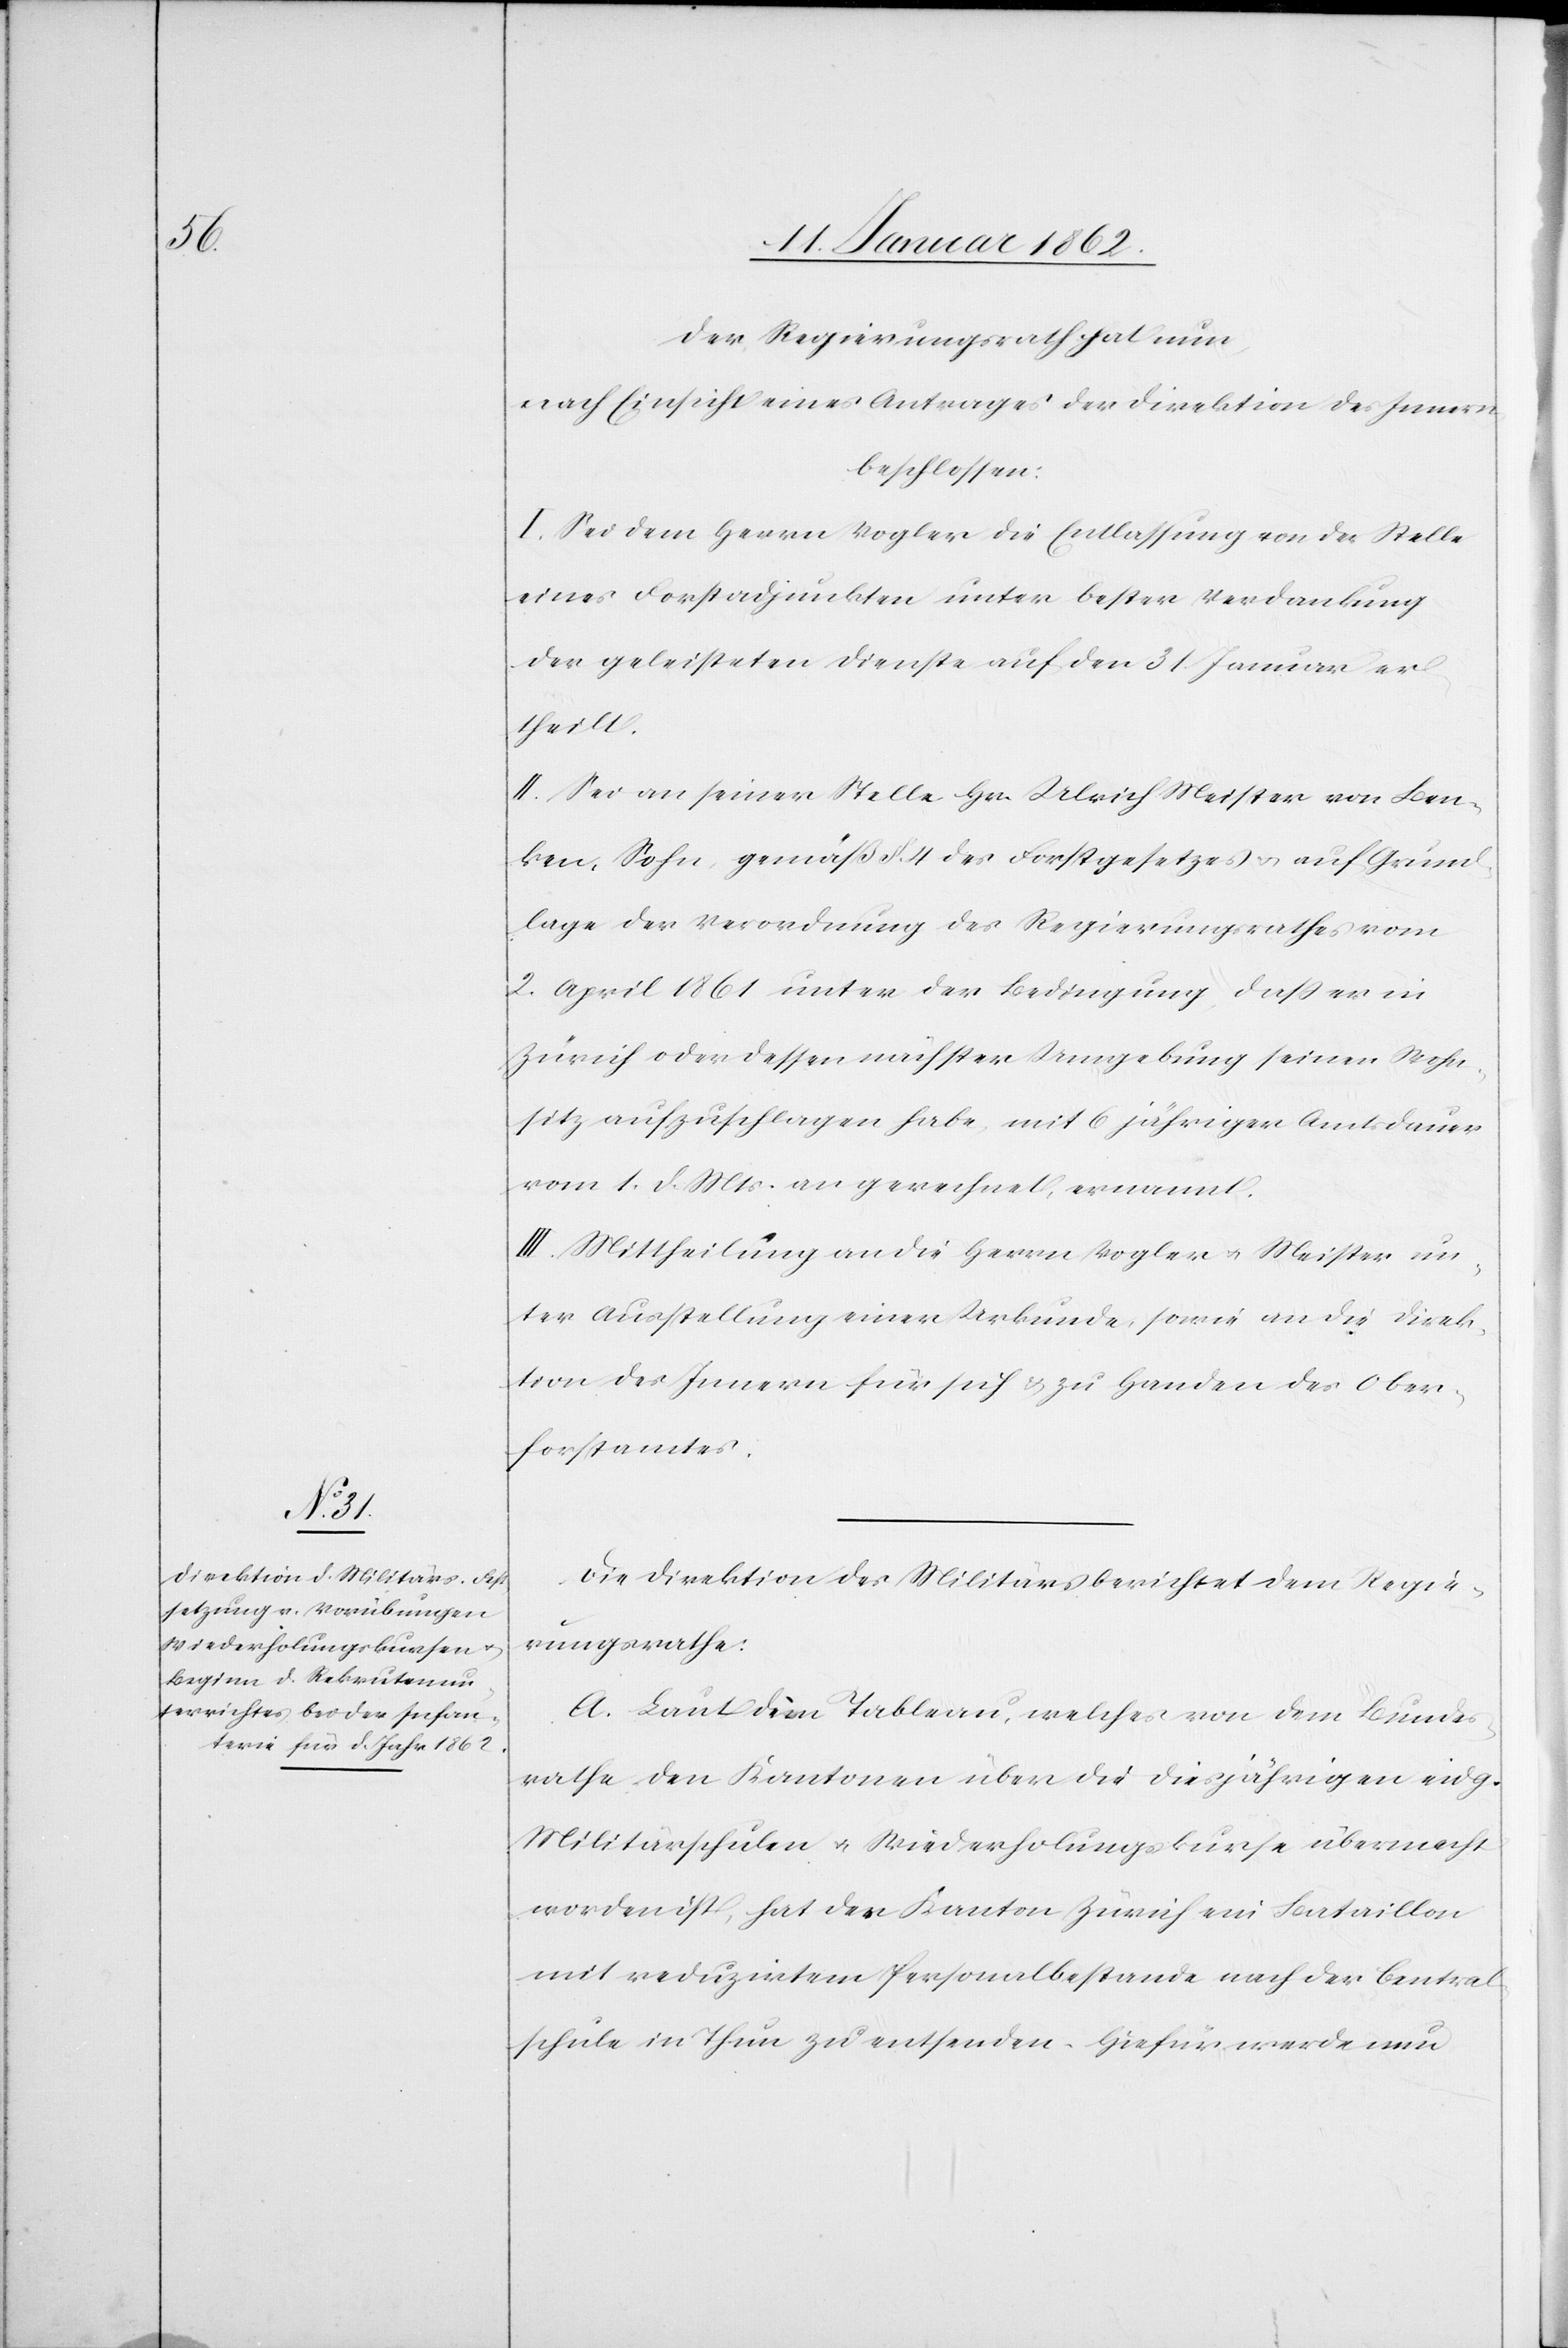
Der Regierungsrath hat nun,
nach Einsicht eines Antrages der Direktion des Innern
beschlossen:
I. Sei dem Herrn Vogler die Entlassung von der Stelle
eines Forstadjunkten unter bester Verdankung
der geleisteten Dienste auf den 31. Januar er¬
theilt.
II. Sei an seiner Stelle Hr. Ulrich Meister von Ben¬
ken, Sohn, gemäß §. 4 des Forstgesetzes u. auf Grund¬
lage der Verordnung des Regierungsrathes vom
2. April 1861 unter der Bedingung, daß er in
Zürich oder dessen nächster Umgebung seinen Wohn¬
sitz aufzuschlagen habe, mit 6 jähriger Amtsdauer
vom 1. d. Mts. an gerechnet, ernannt.
III. Mittheilung an die Herrn Vogler u. Meister un¬
ter Ausstellung einer Urkunde, sowie an die Direk¬
tion des Innern für sich u. zu Handen des Ober¬
forstamtes.
Die Direktion des Militärs berichtet dem Regie¬
rungsrathe:
A. Laut dem Tableau, welches von dem Bundes¬
rathe den Kantonen über die diesjährigen eidg.
Militärschulen u. Wiederholungskurse übermacht
worden ist, hat der Kanton Zürich ein Bataillon
mit reduzirtem Personalbestande nach der Central¬
schule in Thun zu entsenden. Hiefür werde nun